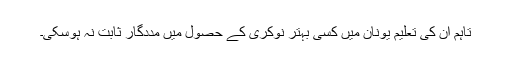
تاہم ان کی تعلیم یونان میں کسی بہتر نوکری کے حصول میں مددگار ثابت نہ ہوسکی۔